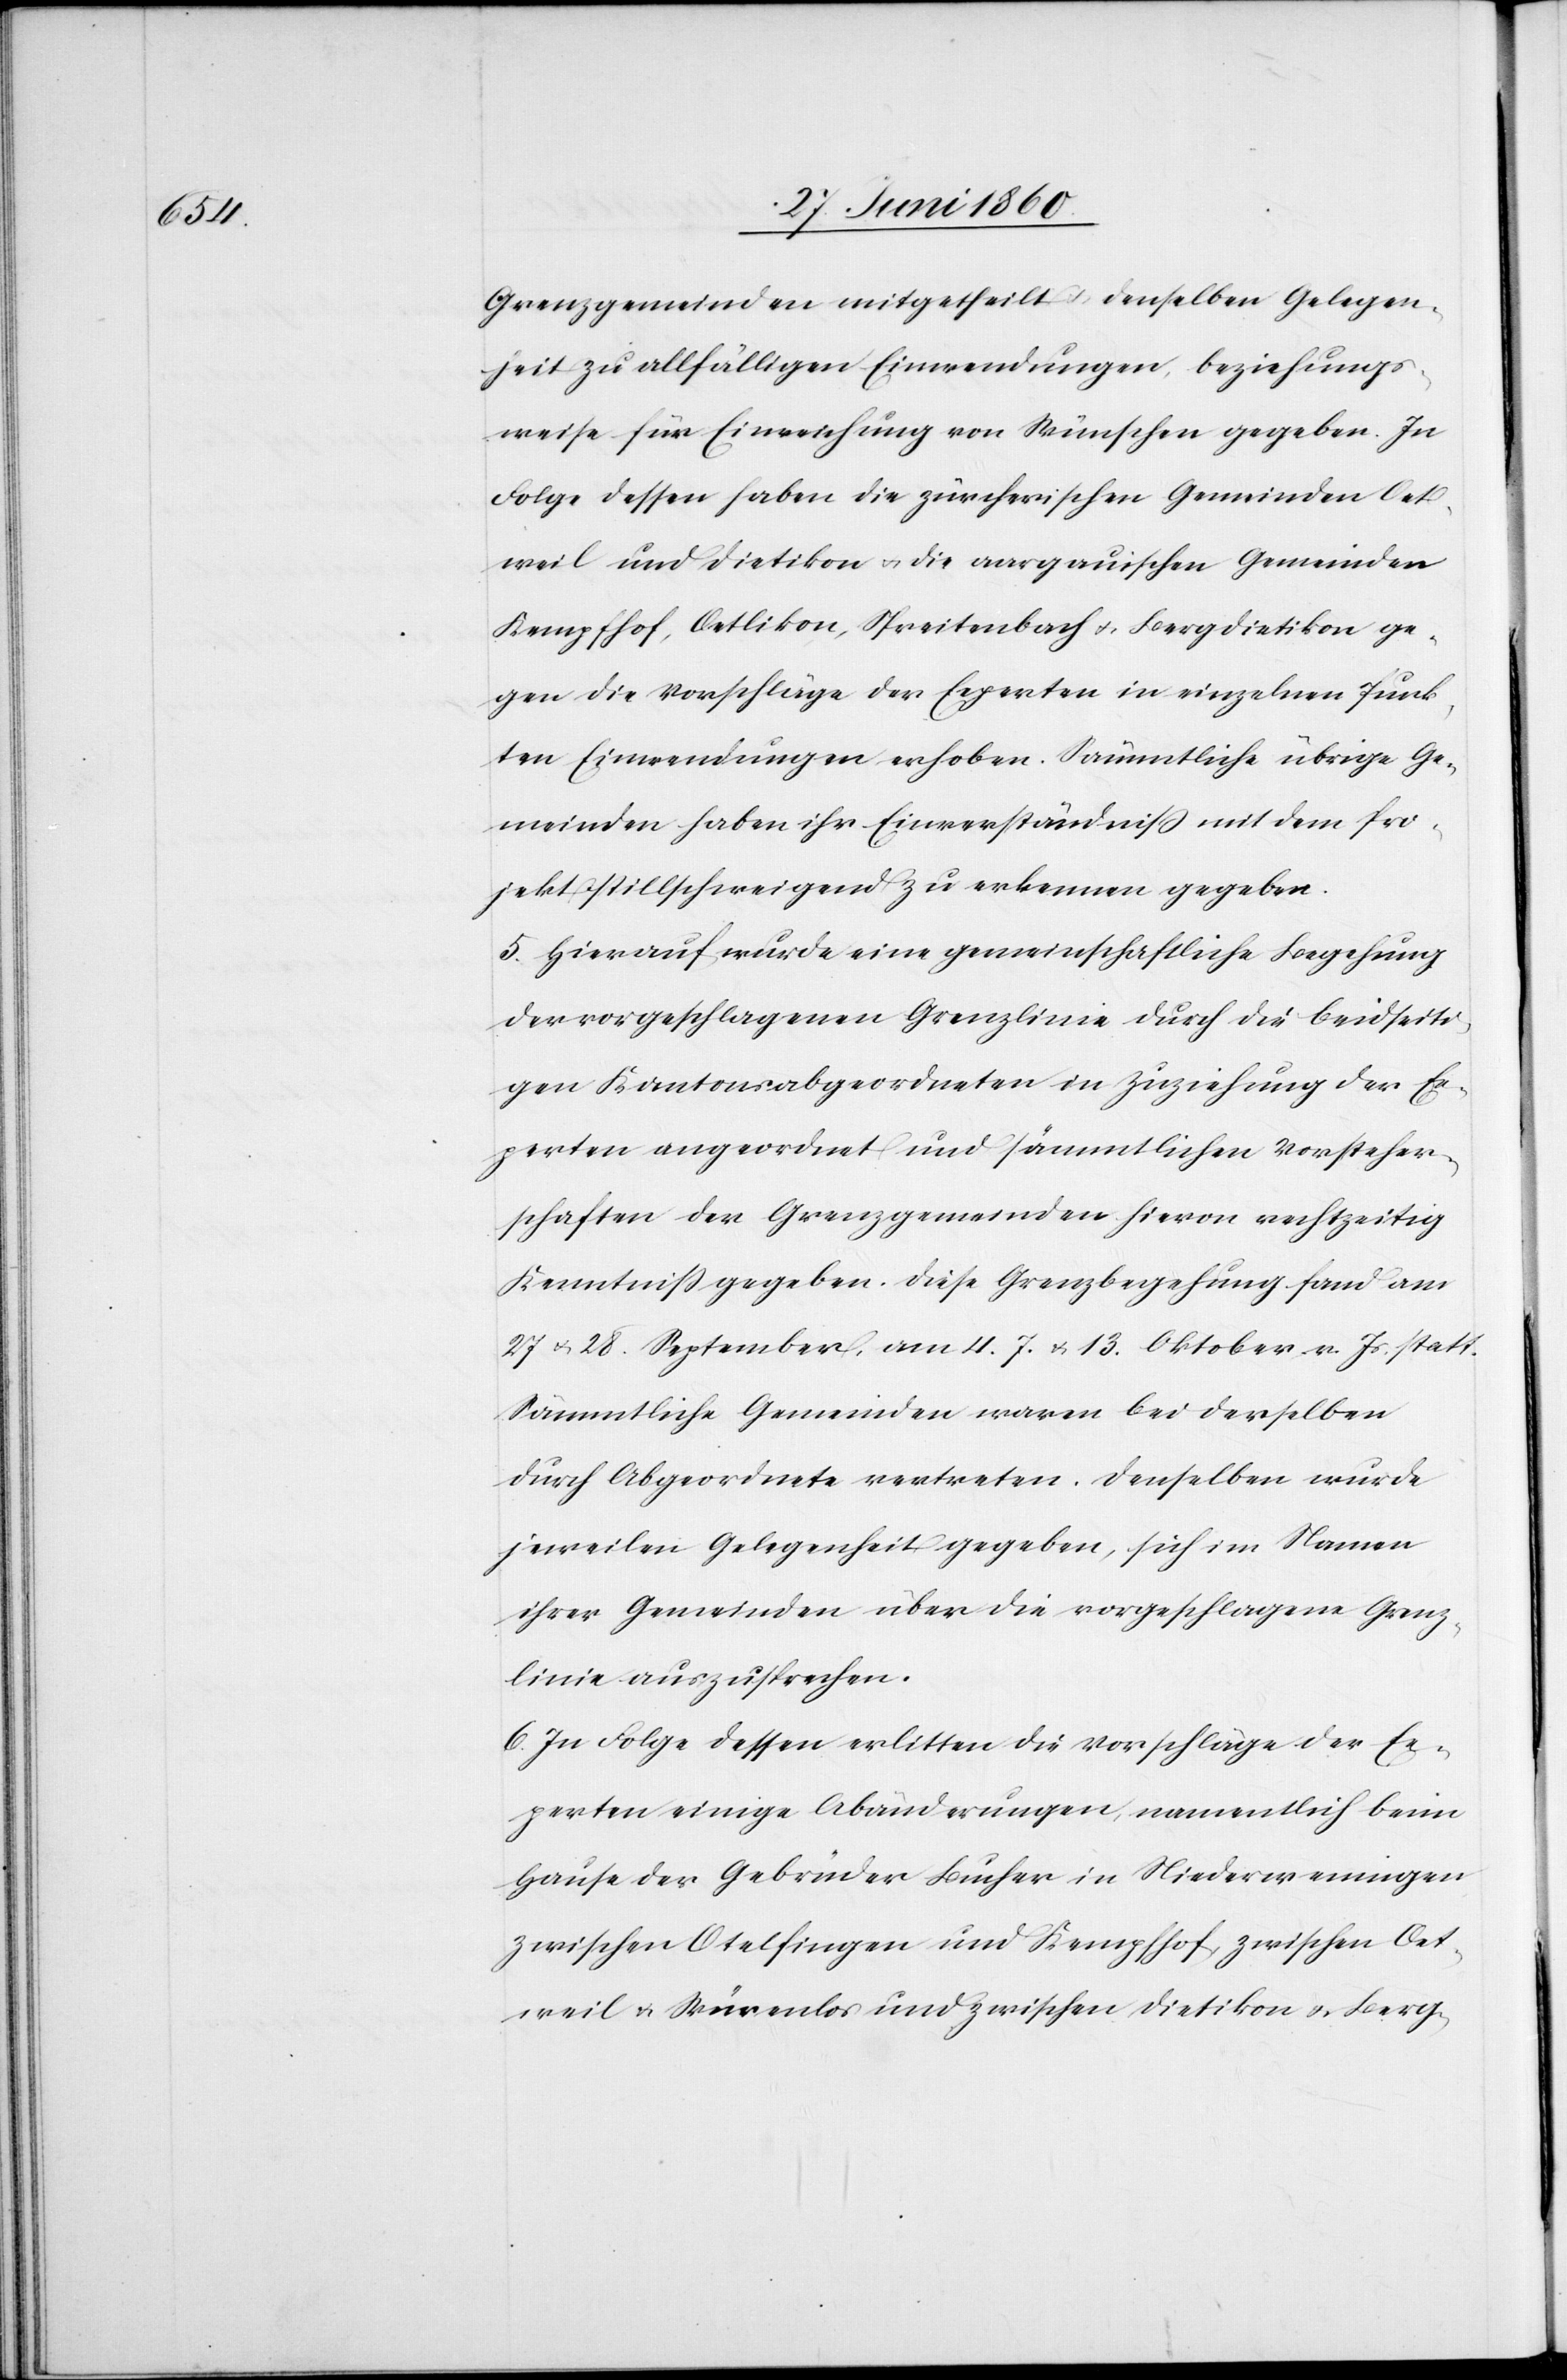
Grenzgemeinden mitgetheilt, denselben Gelegen¬
heit zu allfälligen Einwendungen, beziehungs¬
weise für Einreichung von Wünschen gegeben. In
Folge dessen haben die zürcherischen Gemeinden Oet¬
weil und Dietikon u. die aargauischen Gemeinden
Kempthof, Oetlikon, Spreitenbach u. Bergdietikon ge¬
gen die Vorschläge der Experten in einzelnen Punk¬
ten Einwendungen erhoben. Sämmtliche übrigen Ge¬
meinden haben ihr Einverständniss mit dem Pro¬
jekt stillschweigend zu erkennen gegeben.
5. Hierauf wurde eine gemeinschaftliche Begehung
der vorgeschlagenen Grenzlinie durch die beidseiti¬
gen Kantonsabgeordneten in Zuziehung der Ex¬
perten angeordnet und sämmtlichen Vorsteher¬
schaften der Grenzgemeinden hievon rechtzeitig
Kenntniss gegeben. Diese Grenzbegehung fand am
27. u. 28. September, am 4. 7. u. 13. Oktober v. Js. statt.
Sämmtliche Gemeinden waren bei derselben
durch Abgeordnete vertreten. Denselben wurde
jeweilen Gelegenheit gegeben, sich im Namen
ihrer Gemeinden über die vorgeschlagene Grenz¬
linie auszusprechen.
6. In Folge dessen erlitten die Vorschläge der Ex¬
perten einige Abänderungen, namentlich beim
Hause der Gebrüder Bucher in Niederweningen
zwischen Otelfingen und Kempthof, zwischen Oet¬
weil u. Würenlos und zwischen Dietikon u. Berg-